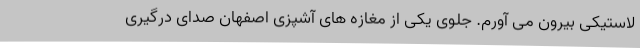
لاستیکی بیرون می آورم. جلوی یکی از مغازه های آشپزی اصفهان صدای درگیری